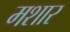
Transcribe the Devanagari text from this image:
मशार